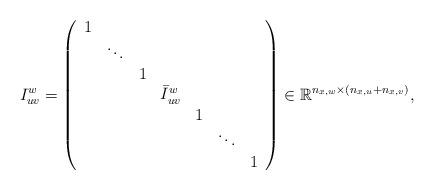
LaTeX: \begin{align*}I_{uv}^{w} = \left(\begin{array}{ccccccc}1 & & & & & & \\& \ddots & & & & & \\& & 1 & & & & \\& & & \bar I_{uv}^w & & & \\& & & & 1 & & \\& & & & & \ddots & \\& & & & & & 1\end{array}\right) \in \mathbb{R}^{n_{x,w}\times(n_{x,u}+n_{x,v})},\end{align*}